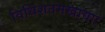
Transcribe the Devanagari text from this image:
विधिशतमखाद्याः